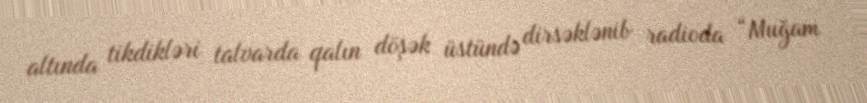
altında tikdikləri talvarda qalın döşək üstündə dirsəklənib radioda “Muğam